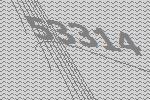
53314